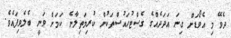
ދެވޭ މި އެވޯޑަށް ގިނަ އަދަދެއްގެ ގެސްޓުހައުސްތަކުން ކުރިމަތިލާނެ ކަމަށް ވަނީ ބެލެވިފައެވެ.